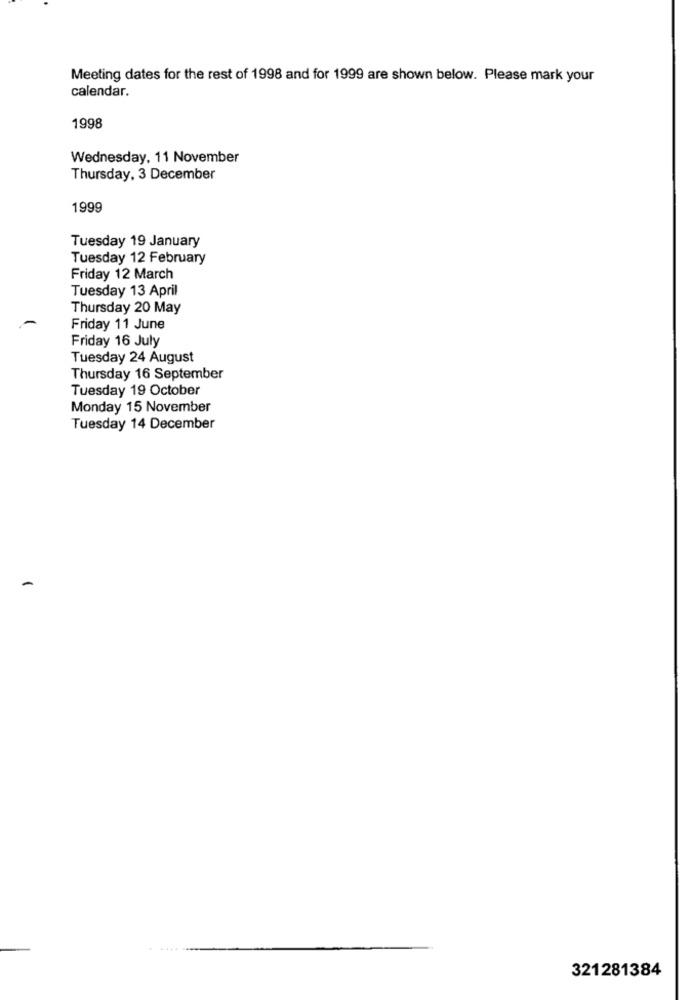
Meeting dates for the rest of 1998 and for 1999 are shown below. Please mark your
calendar.
1998
Wednesday, 11 November
Thursday, 3 December
1999
Tuesday 19 January
Tuesday 12 February
Friday 12 March
Tuesday 13 April
Thursday 20 May
Friday 11 June
Friday 16 July
Tuesday 24 August
Thursday 16 September
Tuesday 19 October
Monday 15 November
Tuesday 14 December
321281384